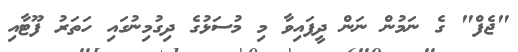
"ޖެފް" ގެ ނަމުން ނަން ދީފައިވާ މި މުސަޅުގެ ދިގުމިނުގައި ހަތަރު ފޫޓާއި